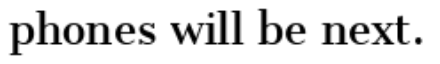
phones will be next.